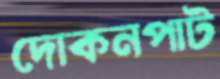
দোকনপাট